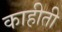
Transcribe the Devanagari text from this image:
काहीती